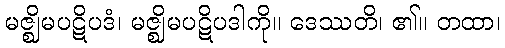
မဇ္ဈိမပဋိပဒံ၊ မဇ္ဈိမပဋိပဒါကို။ ဒေဿတိ၊ ၏။ တထာ၊